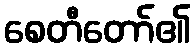
စေတီတော်၏